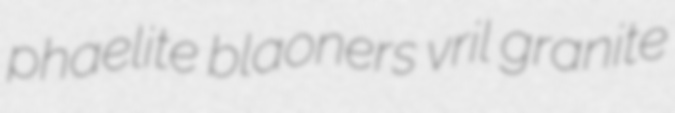
phaelite blaoners vril granite